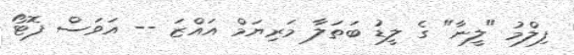
ފިލްމު "ލީނާ" ގެ ލީޑު ބަތަލާ މަރިޔަމް އައްޒަ -- އަވަސް ފޮޓޯ